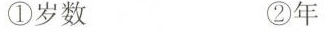
①岁数 ②年